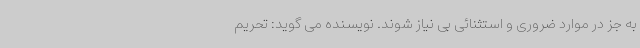
به جز در موارد ضروری و استثنائی بی نیاز شوند. نویسنده می گوید: تحریم